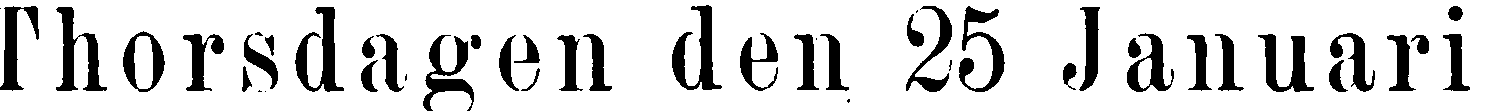
Thorsdagen den 25 Januari